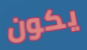
يكون